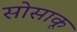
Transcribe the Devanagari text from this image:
सोसाकू